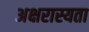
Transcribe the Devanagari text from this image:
अक्षरास्यता